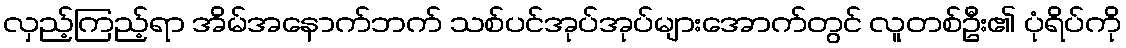
လှည့်ကြည့်ရာ အိမ်အနောက်ဘက် သစ်ပင်အုပ်အုပ်များအောက်တွင် လူတစ်ဦး၏ ပုံရိပ်ကို